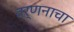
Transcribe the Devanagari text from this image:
वर्णनाचा